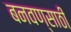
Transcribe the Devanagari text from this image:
बनवण्साठी